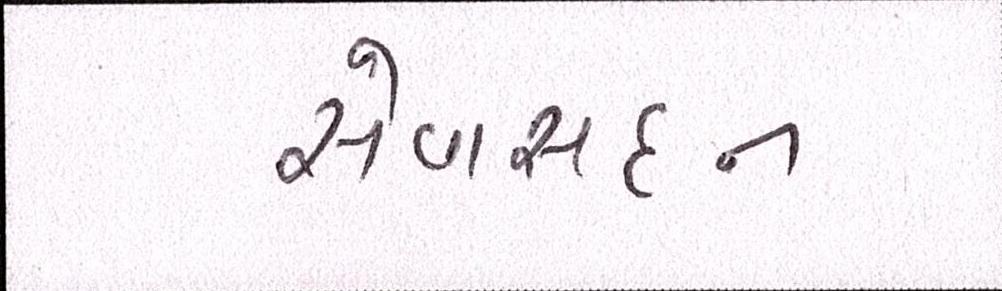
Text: સેવાસદન